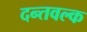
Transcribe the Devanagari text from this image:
दन्तवल्क